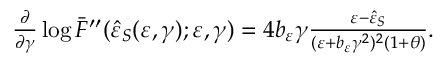
\begin{array} { r } { \frac { \partial } { \partial \gamma } \log { \bar { F } ^ { \prime \prime } ( \hat { \varepsilon } _ { S } ( \varepsilon , \gamma ) ; \varepsilon , \gamma ) } = 4 b _ { \varepsilon } \gamma \frac { \varepsilon - \hat { \varepsilon } _ { S } } { ( \varepsilon + b _ { \varepsilon } \gamma ^ { 2 } ) ^ { 2 } ( 1 + \theta ) } . } \end{array}